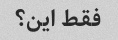
فقط این؟